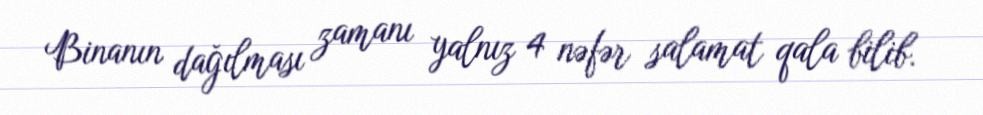
Binanın dağılması zamanı yalnız 4 nəfər salamat qala bilib.